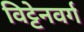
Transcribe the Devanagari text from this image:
विट्टेनवर्ग